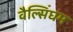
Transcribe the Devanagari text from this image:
वैल्सिंघम